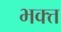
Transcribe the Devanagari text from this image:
भक्त्त